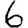
Digit: 6